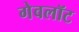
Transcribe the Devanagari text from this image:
गेवलॉट